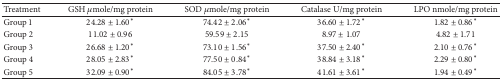
| Treatment | GSH μmole/mg protein | SOD μmole/mg protein | Catalase U/mg protein | LPO nmole/mg protein |
 | --- | --- | --- | --- | --- |
 | Group 1 | 24.28 ± 1.60* | 74.42 ± 2.06* | 36.60 ± 1.72* | 1.82 ± 0.86* |
 | Group 2 | 11.02 ± 0.96 | 59.59 ± 2.15 | 8.97 ± 1.07 | 4.82 ± 1.71 |
 | Group 3 | 26.68 ± 1.20* | 73.10 ± 1.56* | 37.50 ± 2.40* | 2.10 ± 0.76* |
 | Group 4 | 28.05 ± 2.83* | 77.50 ± 0.84* | 38.84 ± 3.18* | 2.29 ± 0.80* |
 | Group 5 | 32.09 ± 0.90* | 84.05 ± 3.78* | 41.61 ± 3.61* | 1.94 ± 0.49* |